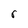
Character: r